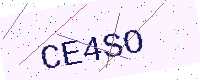
Text: CE4SO